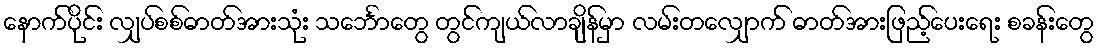
နောက်ပိုင်း လျှပ်စစ်ဓာတ်အားသုံး သင်္ဘောတွေ တွင်ကျယ်လာချိန်မှာ လမ်းတလျှောက် ဓာတ်အားဖြည့်ပေးရေး စခန်းတွေ